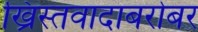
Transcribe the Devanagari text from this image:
ख्रिस्तवादाबरोबर